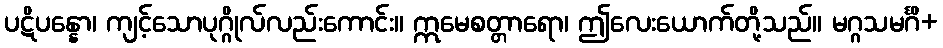
ပဋိပန္နော၊ ကျင့်သောပုဂ္ဂိုလ်လည်းကောင်း။ ဣမေစတ္တာရော၊ ဤလေးယောက်တို့သည်။ မဂ္ဂသမင်္ဂိ+